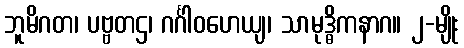
ဘူမိဂတ၊ ပဗ္ဗတဌ၊ ဂင်္ဂါဝဟေယျ၊ သာမုဒ္ဓိကနာဂ။ ၂-မျိုး